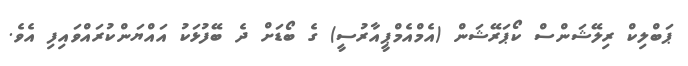
ޕަބްލިކް ރިލޭޝަންސް ކޯޕަރޭޝަން (އެމްއެމްޕީއާރުސީ) ގެ ބޯޑަށް ދެ ބޭފުޅަކު އައްޔަންކުރައްވައިފި އެވެ.